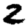
Digit: 2